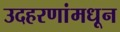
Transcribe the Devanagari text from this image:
उदहरणांमधून